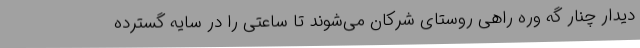
دیدار چنار گه وره راهی روستای شرکان می‌شوند تا ساعتی را در سایه گسترده